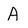
Character: A